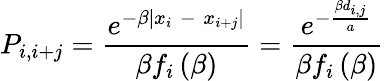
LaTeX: P_{i,i+j}=\frac{e^{-\beta\left|x_{i}\; -\; x_{i+j}\right|}}{\beta f_{i}\left(\beta\right)}=\frac{e^{-\frac{\beta d_{i,j}}{a}}}{\beta f_{i}\left(\beta\right)}